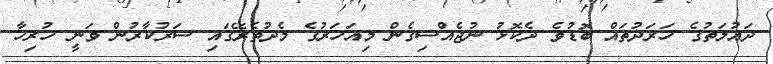
ދައުލަތުގެ ހަރަދުތައް ބޮޑުވެ ދެކޮޅު ނުޖެއްސިގެން މިއަހަރުގެ މެދުތެރޭގައި ސަރުކާރުން ވަނީ ހުރިހާ